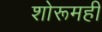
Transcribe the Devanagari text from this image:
शोरूमही